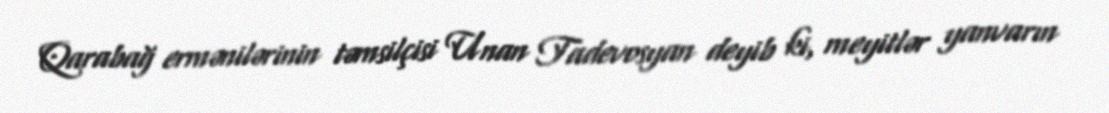
Qarabağ ermənilərinin təmsilçisi Unan Tadevosyan deyib ki, meyitlər yanvarın